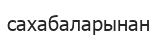
сахабаларынан